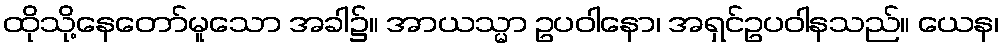
ထိုသို့နေတော်မူသော အခါ၌။ အာယသ္မာ ဥပဝါနော၊ အရှင်ဥပဝါနသည်။ ယေန၊